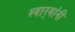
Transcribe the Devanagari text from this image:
स्वार्‍यांनी